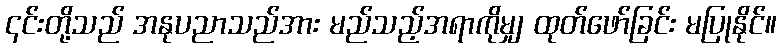
၎င်းတို့သည် အနုပညာသည်အား မည်သည့်အရာကိုမျှ ထုတ်ဖော်ခြင်း မပြုနိုင်။